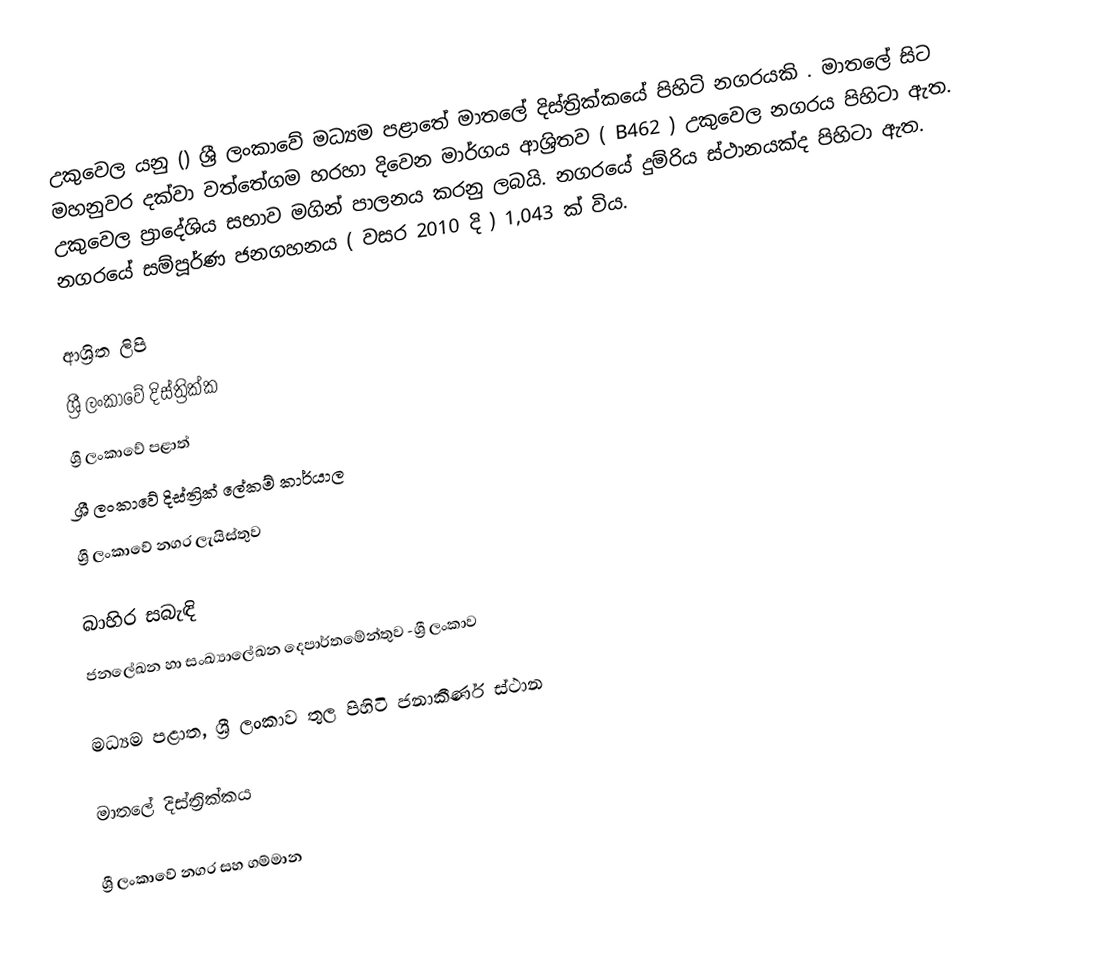
උකුවෙල යනු ()  ශ්‍රී ලංකාවේ මධ්‍යම පළාතේ මාතලේ දිස්ත්‍රික්කයේ පිහිටි නගරයකි . මාතලේ සිට මහනුවර දක්වා වත්තේගම හරහා දිවෙන මාර්ගය ආශ්‍රිතව ( B462 )  උකුවෙල නගරය පිහිටා ඇත. උකුවෙල ප්‍රාදේශිය සභාව මගින් පාලනය කරනු ලබයි. නගරයේ දුම්රිය ස්ථානයක්ද පිහිටා ඇත. නගරයේ සම්පූර්ණ ජනගහනය ( වසර 2010 දි ) 1,043 ක් විය.

ආශ්‍රිත ලිපි
ශ්‍රී ලංකාවේ දිස්ත්‍රික්ක
ශ්‍රී ලංකාවේ පළාත්
ශ්‍රී ලංකාවේ දිස්ත්‍රික් ලේකම් කාර්යාල
ශ්‍රී ලංකාවේ නගර ලැයිස්තුව

බාහිර සබැඳි
ජනලේඛන හා සංඛ්‍යාලේඛන දෙපාර්තමේන්තුව -ශ්‍රී ලංකාව

මධ්‍යම පළාත, ශ්‍රී ලංකාව තුල පිහිටි ජනාකීර්ණ ස්ථාන

මාතලේ දිස්ත්‍රික්කය

ශ්‍රී ලංකාවේ නගර සහ ගම්මාන